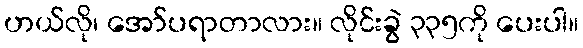
ဟယ်လို၊ အော်ပရာတာလား။ လိုင်းခွဲ ၃၃၅ကို ပေးပါ။